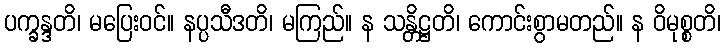
ပက္ခန္ဒတိ၊ မပြေးဝင်။ နပ္ပသီဒတိ၊ မကြည်။ န သန္တိဋ္ဌတိ၊ ကောင်းစွာမတည်။ န ဝိမုစ္စတိ၊